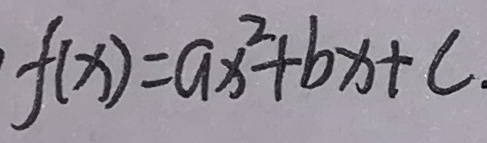
f ( x ) = a x ^ { 2 } + b x + c